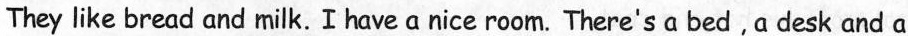
They like bread and milk.I have a nice room. There's a bed,a desk and a